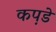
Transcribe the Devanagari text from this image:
कप़डे